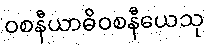
ဝစနီယာဓိဝစနီယေသု